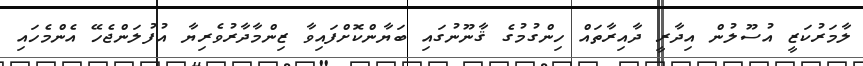
ލާމަރުކަޒީ އުސޫލުން އިދާރީ ދާއިރާތައް ހިންގުމުގެ ޤާނޫނުގައި ބަޔާންކޮށްފައިވާ ޒިންމާދާރުވެރިޔާ އުފުލަންޖެހޭ އެންމެހައި